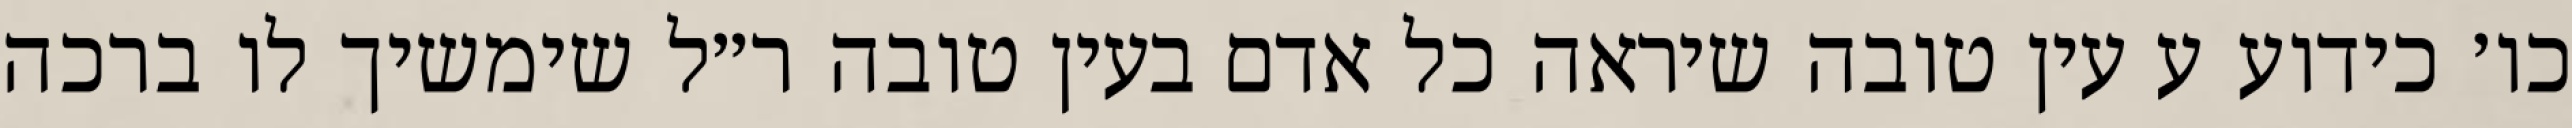
כו׳ כידוע ע עין טובה שיראה כל אדם בעין טובה ר״ל שימשיך לו ברכה